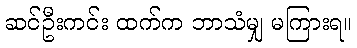
ဆင်ဦးကင်း ထက်က ဘာသံမျှ မကြားရ။